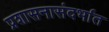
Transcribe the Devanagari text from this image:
प्रशासनासंदर्भात